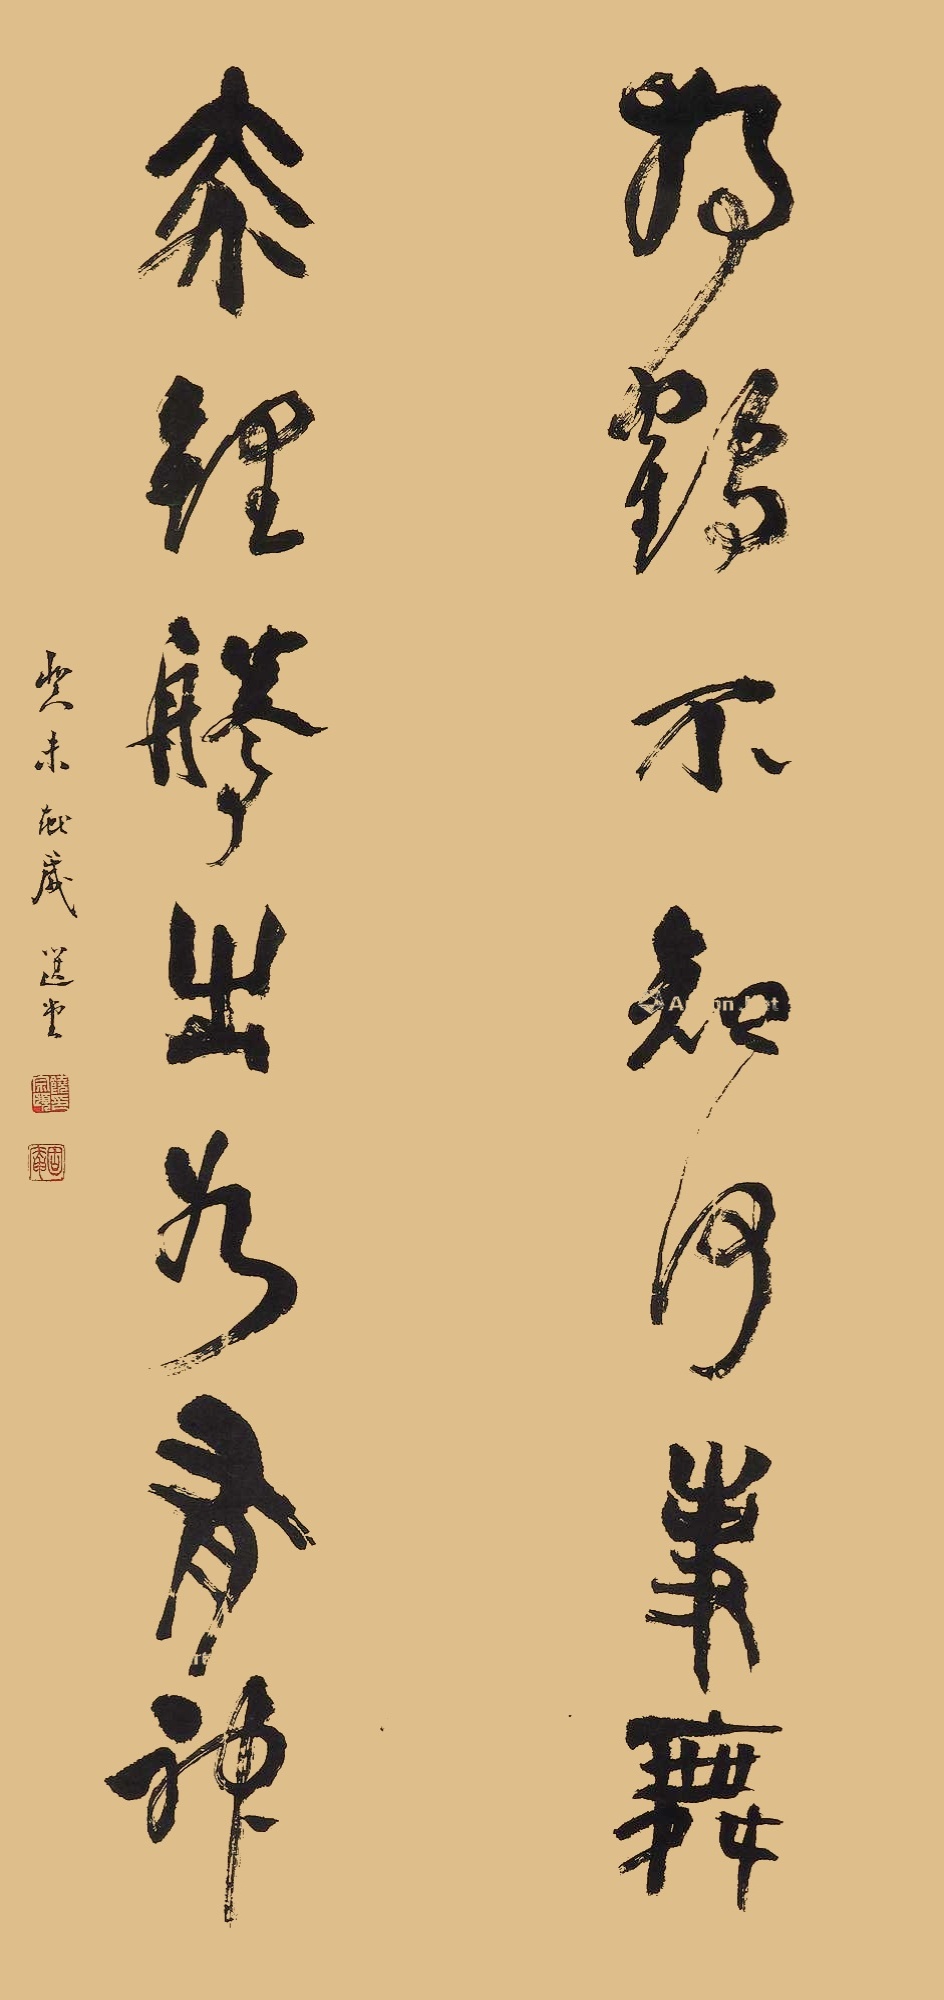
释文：独鹤不知何事舞，赤鲤腾出如有神癸未献岁，选堂。